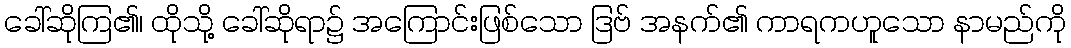
ခေါ်ဆိုကြ၏၊ ထိုသို့ ခေါ်ဆိုရာ၌ အကြောင်းဖြစ်သော ဒြဗ် အနက်၏ ကာရကဟူသော နာမည်ကို